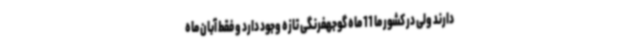
دارند ولی در کشور ما 11 ماه گوجهفرنگی تازه وجود دارد و فقط آبان ماه